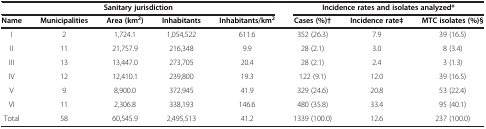
<table><thead><tr><td colspan="5"><b>Sanitary jurisdiction</b></td><td colspan="3"><b>Incidence rates and isolates analyzed*</b></td></tr><tr><td><b>Name</b></td><td><b>Municipalities</b></td><td><b>Area (km<sup>2</sup>)</b></td><td><b>Inhabitants</b></td><td><b>Inhabitants/km<sup>2</sup></b></td><td><b>Cases (%)†</b></td><td><b>Incidence rate‡</b></td><td><b>MTC isolates (%)§</b></td></tr></thead><tbody><tr><td>I</td><td>2</td><td>1,724.1</td><td>1,054,522</td><td>611.6</td><td>352 (26.3)</td><td>7.9</td><td>39 (16.5)</td></tr><tr><td>II</td><td>11</td><td>21,757.9</td><td>216,348</td><td>9.9</td><td>28 (2.1)</td><td>3.0</td><td>8 (3.4)</td></tr><tr><td>III</td><td>13</td><td>13,447.0</td><td>273,705</td><td>20.4</td><td>28 (2.1)</td><td>2.4</td><td>3 (1.3)</td></tr><tr><td>IV</td><td>12</td><td>12,410.1</td><td>239,800</td><td>19.3</td><td>122 (9.1)</td><td>12.0</td><td>39 (16.5)</td></tr><tr><td>V</td><td>9</td><td>8,900.0</td><td>372,945</td><td>41.9</td><td>329 (24.6)</td><td>20.8</td><td>53 (22.4)</td></tr><tr><td>VI</td><td>11</td><td>2,306.8</td><td>338,193</td><td>146.6</td><td>480 (35.8)</td><td>33.4</td><td>95 (40.1)</td></tr><tr><td>Total</td><td>58</td><td>60,545.9</td><td>2,495,513</td><td>41.2</td><td>1339 (100.0)</td><td>12.6</td><td>237 (100.0)</td></tr></tbody></table>